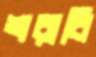
শরাবি